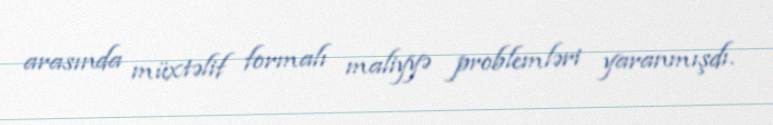
arasında müxtəlif formalı maliyyə problemləri yaranmışdı.